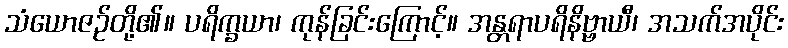
သံယောဇဉ်တို့၏။ ပရိက္ခယာ၊ ကုန်ခြင်းကြောင့်။ အန္တရာပရိနိဗ္ဗာယီ၊ အသက်အပိုင်း